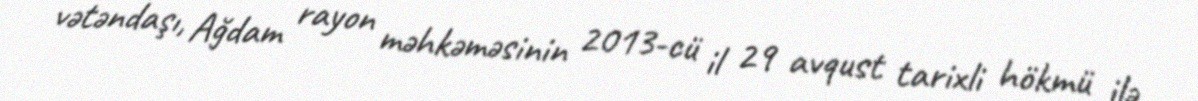
vətəndaşı, Ağdam rayon məhkəməsinin 2013-cü il 29 avqust tarixli hökmü ilə